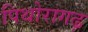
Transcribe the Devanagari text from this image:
पिथोरागढ़